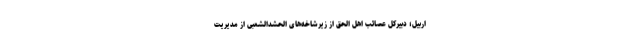
اربیل؛ دبیرکل عصائب اهل الحق از زیرشاخه‌های الحشدالشعبی از مدیریت